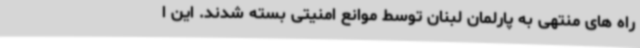
راه های منتهی به پارلمان لبنان توسط موانع امنیتی بسته شدند. این ا